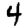
Digit: 4